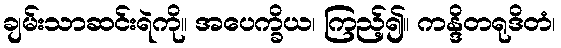
ချမ်းသာဆင်းရဲကို။ အပေက္ခိယ၊ ကြည့်၍။ ကန္ဒိတရုဒိတံ၊